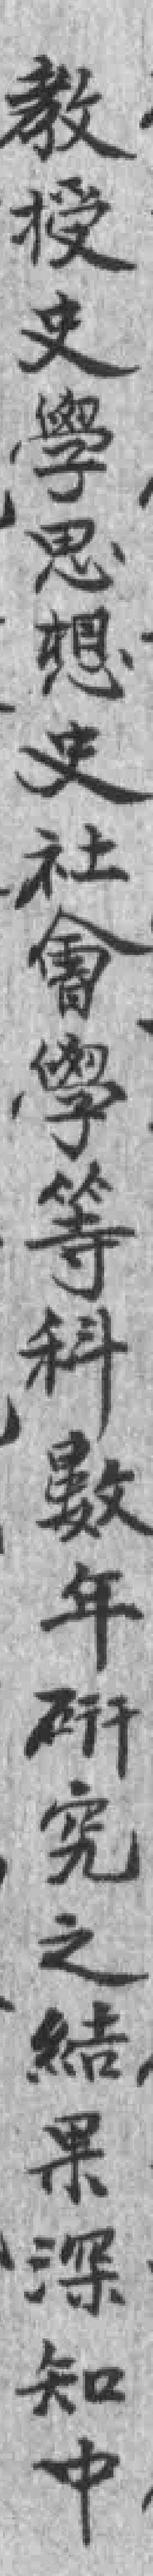
教授史學思想史社會學等科數年硏究之結果深知中